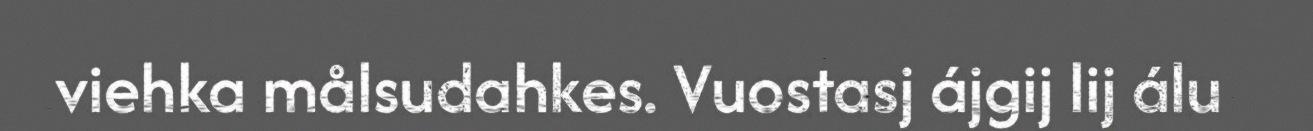
viehka målsudahkes. Vuostasj ájgij lij álu